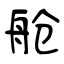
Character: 舱